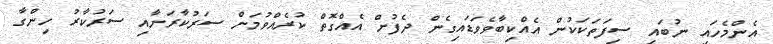
އެންމެހައި ނުބައި ސިފަތަކަކުން އެއްކިބާވެވަޑައިގެން ދެފުށް އެއްގޮތް ކުރެއްވުމަށް ސަރުކާރަށާއި ސަރުކާރު ހިންގާ